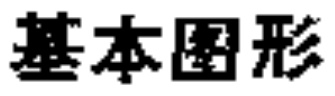
基本图形